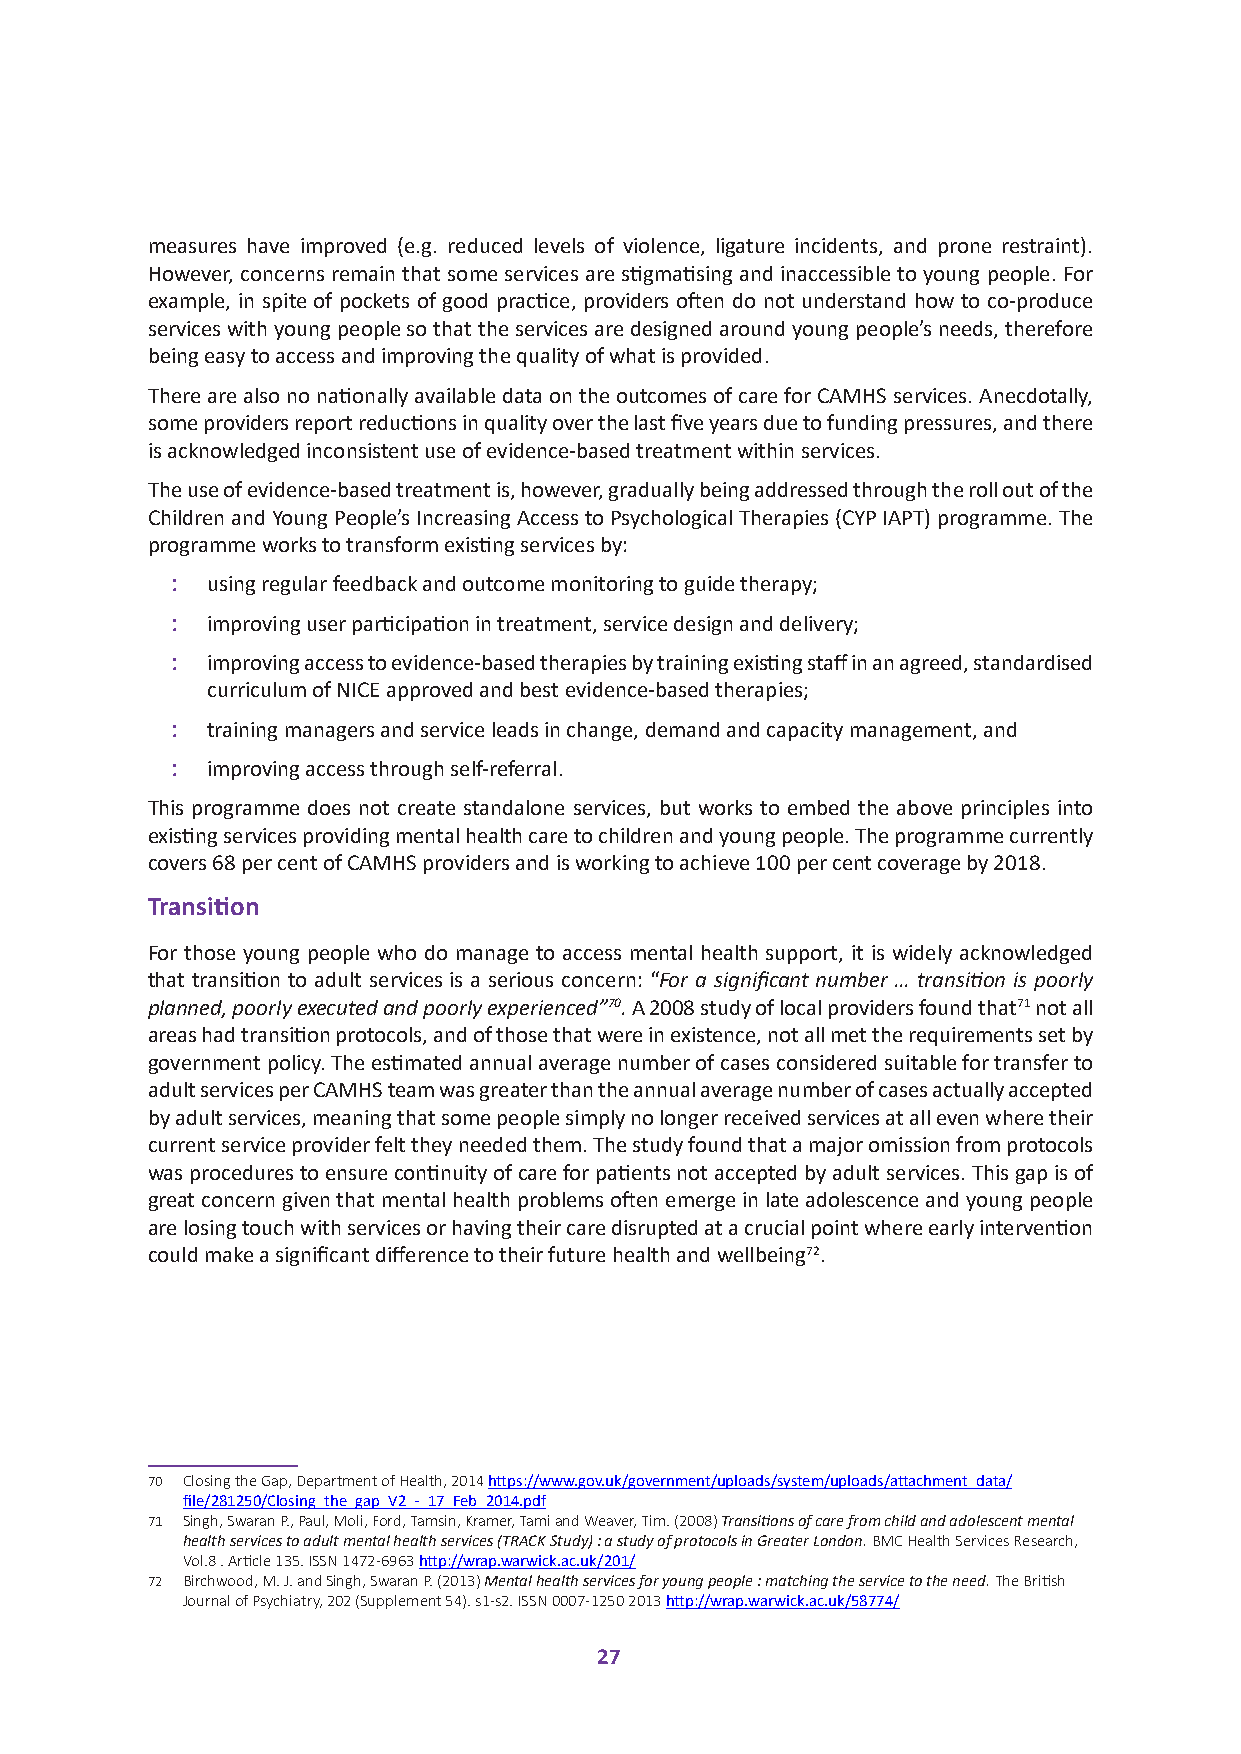
measures have improved (e.g. reduced levels of violence, ligature incidents, and prone restraint).
 However, concerns remain that some services are stigmatising and inaccessible to young people. For
 example, in spite of pockets of good practice, providers often do not understand how to co-produce
 services with young people so that the services are designed around young people’s needs, therefore
 being easy to access and improving the quality of what is provided.
 There are also no nationally available data on the outcomes of care for CAMHS services. Anecdotally,
 some providers report reductions in quality over the last five years due to funding pressures, and there
 is acknowledged inconsistent use of evidence-based treatment within services.
 The use of evidence-based treatment is, however, gradually being addressed through the roll out of the
 Children and Young People’s Increasing Access to Psychological Therapies (CYP IAPT) programme. The
 programme works to transform existing services by:
 :  using regular feedback and outcome monitoring to guide therapy;
 :  improving user participation in treatment, service design and delivery;
 :  improving access to evidence-based therapies by training existing staff in an agreed, standardised
 curriculum of NICE approved and best evidence-based therapies;
 :  training managers and service leads in change, demand and capacity management, and
 :  improving access through self-referral.
 This programme does not create standalone services, but works to embed the above principles into
 existing services providing mental health care to children and young people. The programme currently
 covers 68 per cent of CAMHS providers and is working to achieve 100 per cent coverage by 2018.
 Transition
 For those young people who do manage to access mental health support, it is widely acknowledged
 that transition to adult services is a serious concern: “For a significant number … transition is poorly
 planned, poorly executed and poorly experienced”70. A 2008 study of local providers found that71 not all
 areas had transition protocols, and of those that were in existence, not all met the requirements set by
 government policy. The estimated annual average number of cases considered suitable for transfer to
 adult services per CAMHS team was greater than the annual average number of cases actually accepted
 by adult services, meaning that some people simply no longer received services at all even where their
 current service provider felt they needed them. The study found that a major omission from protocols
 was procedures to ensure continuity of care for patients not accepted by adult services. This gap is of
 great concern given that mental health problems often emerge in late adolescence and young people
 are losing touch with services or having their care disrupted at a crucial point where early intervention
 could make a significant difference to their future health and wellbeing72.
 70 Closing the Gap, Department of Health, 2014 https://www.gov.uk/government/uploads/system/uploads/attachment_data/
 file/281250/Closing_the_gap_V2_-_17_Feb_2014.pdf
 71 Singh, Swaran P., Paul, Moli, Ford, Tamsin, Kramer, Tami and Weaver, Tim. (2008) Transitions of care from child and adolescent mental
 health services to adult mental health services (TRACK Study) : a study of protocols in Greater London. BMC Health Services Research,
 Vol.8 . Article 135. ISSN 1472-6963 http://wrap.warwick.ac.uk/201/
 72 Birchwood, M. J. and Singh, Swaran P. (2013) Mental health services for young people : matching the service to the need. The British
 Journal of Psychiatry, 202 (Supplement 54). s1-s2. ISSN 0007-1250 2013 http://wrap.warwick.ac.uk/58774/
 27